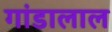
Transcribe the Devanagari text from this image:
गांडालाल